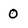
Character: 0